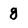
Character: g